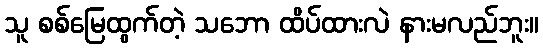
သူ စစ်မြေထွက်တဲ့ သဘော ထိပ်ထားလဲ နားမလည်ဘူး။